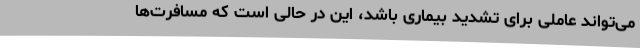
می‌تواند عاملی برای تشدید بیماری باشد، این در حالی است که مسافرت‌ها